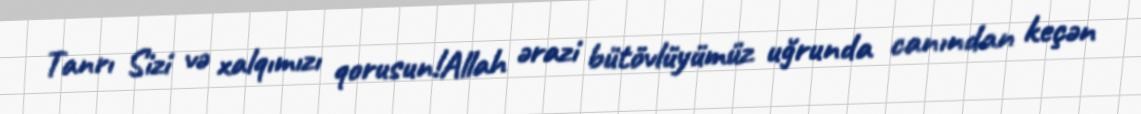
Tanrı Sizi və xalqımızı qorusun!Allah ərazi bütövlüyümüz uğrunda canından keçən